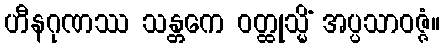
ဟီနဂုဏဿ သန္တကေ ဝတ္ထုသ္မိံ အပ္ပသာဝဇ္ဇံ။